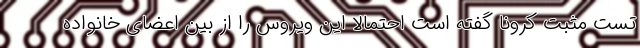
تست مثبت کرونا گفته است احتمالا این ویروس را از بین اعضای خانواده